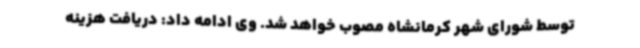
توسط شورای شهر کرمانشاه مصوب خواهد شد. وی ادامه داد: دریافت هزینه